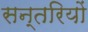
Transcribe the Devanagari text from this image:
सन्तरियों